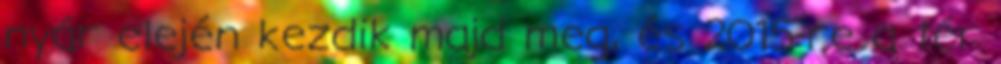
nyár elején kezdik majd meg, és 2015-re a tér